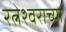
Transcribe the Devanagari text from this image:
रत्नेश्वराच्या